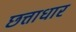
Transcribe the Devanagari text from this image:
छत्ताधार